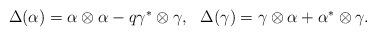
LaTeX: \begin{align*}\begin{array}{ccc}\Delta(\alpha)=\alpha\otimes \alpha-q \gamma^{*}\otimes \gamma, & \Delta (\gamma)= \gamma\otimes \alpha+ \alpha^{*}\otimes \gamma.\end{array}\end{align*}